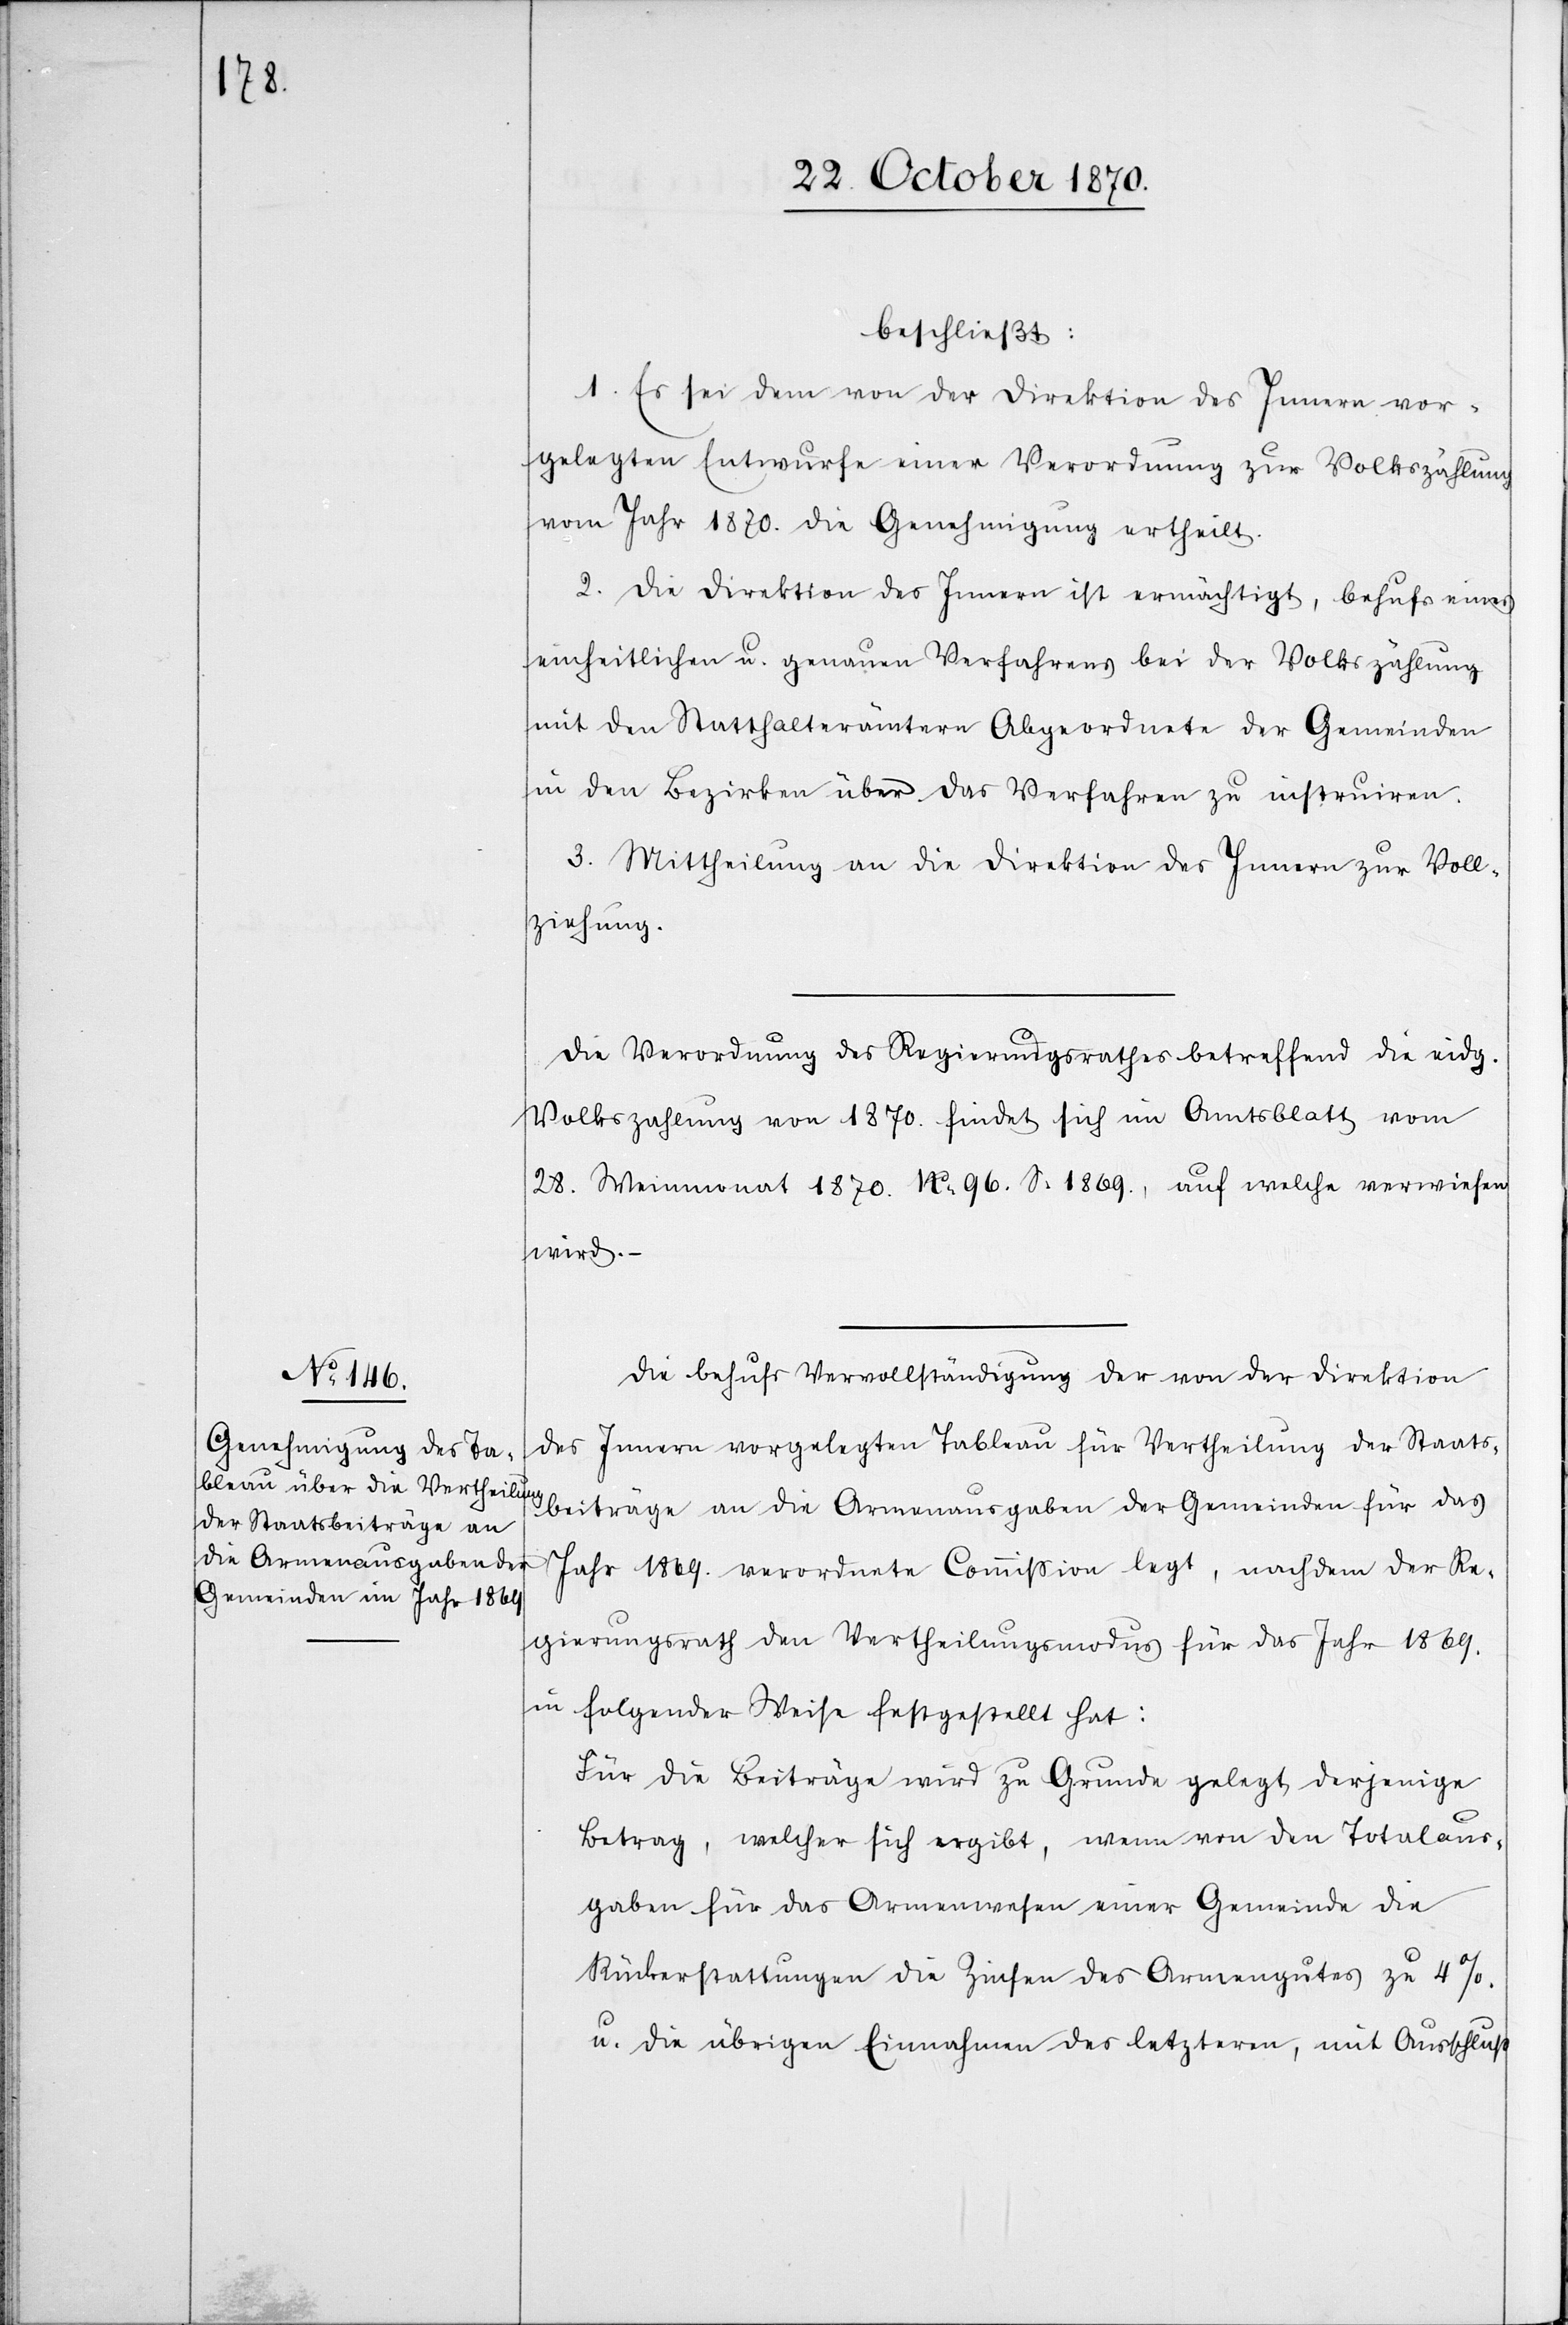
beschließt:
1. Es sei dem von der Direktion des Innern vor¬
gelegten Entwurfe einer Verordnung zur Volkszählung
vom Jahr 1870. die Genehmigung ertheilt.
2. Die Direktion des Innern ist ermächtigt, behufs eines
einheitlichen u. genauen Verfahrens bei der Volkszählung
mit den Statthalterämtern Abgeordnete der Gemeinden
in den Bezirken über das Verfahren zu instruiren.
3. Mittheilung an die Direktion des Innern zur Voll¬
ziehung.
Die Verordnung des Regierungsrathes betreffend die eidg.
Volkszählung von 1870. findet sich im Amtsblatt vom
28. Weinmonat 1870. No 96. S. 1869, auf welche verwiesen
wird. –
Die behufs Vervollständigung der von der Direktion
des Innern vorgelegten Tableau für Vertheilung der Staats¬
beiträge an die Armenausgaben der Gemeinden für das
Jahr 1869. verordnete Commißion legt, nachdem der Re¬
gierungsrath den Vertheilungsmodus für das Jahr 1869.
in folgender Weise festgestellt hat:
Für die Beiträge wird zu Grunde gelegt, derjenige
Betrag, welcher sich ergibt, wenn von den Totalaus¬
gaben für das Armenwesen einer Gemeinde die
Rückerstattungen die Zinsen des Armengutes zu 4%.
u. die übrigen Einnahmen des letzteren, mit Ausschluß